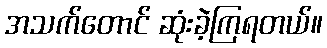
အသက်တောင် ဆုံးခဲ့ကြရတယ်။